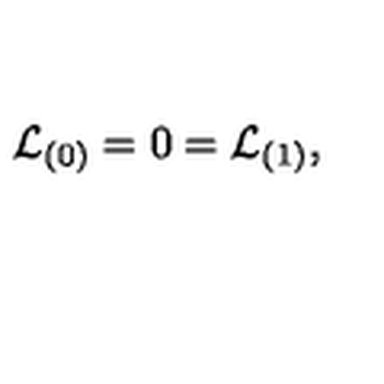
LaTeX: { \cal L } _ { ( 0 ) } = 0 = { \cal L } _ { ( 1 ) } ,